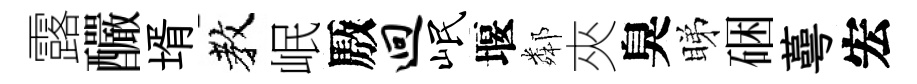
露釅壻教岷厫迥岷堰鄰夾臭睇硱蕚宏